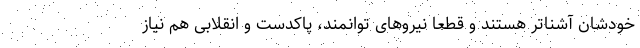
خودشان آشناتر هستند و قطعا نیروهای توانمند، پاکدست و انقلابی هم نیاز